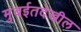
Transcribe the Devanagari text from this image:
मुंबईतदेखील